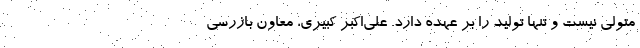
متولی نیست و تنها تولید را بر عهده دارد. علی‌اکبر کبیری، معاون بازرسی